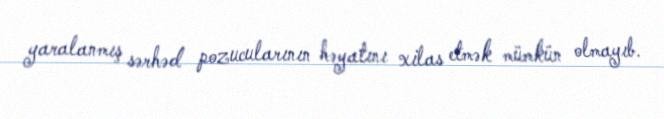
yaralanmış sərhəd pozucularının həyatını xilas etmək mümkün olmayıb.